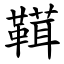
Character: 䩸